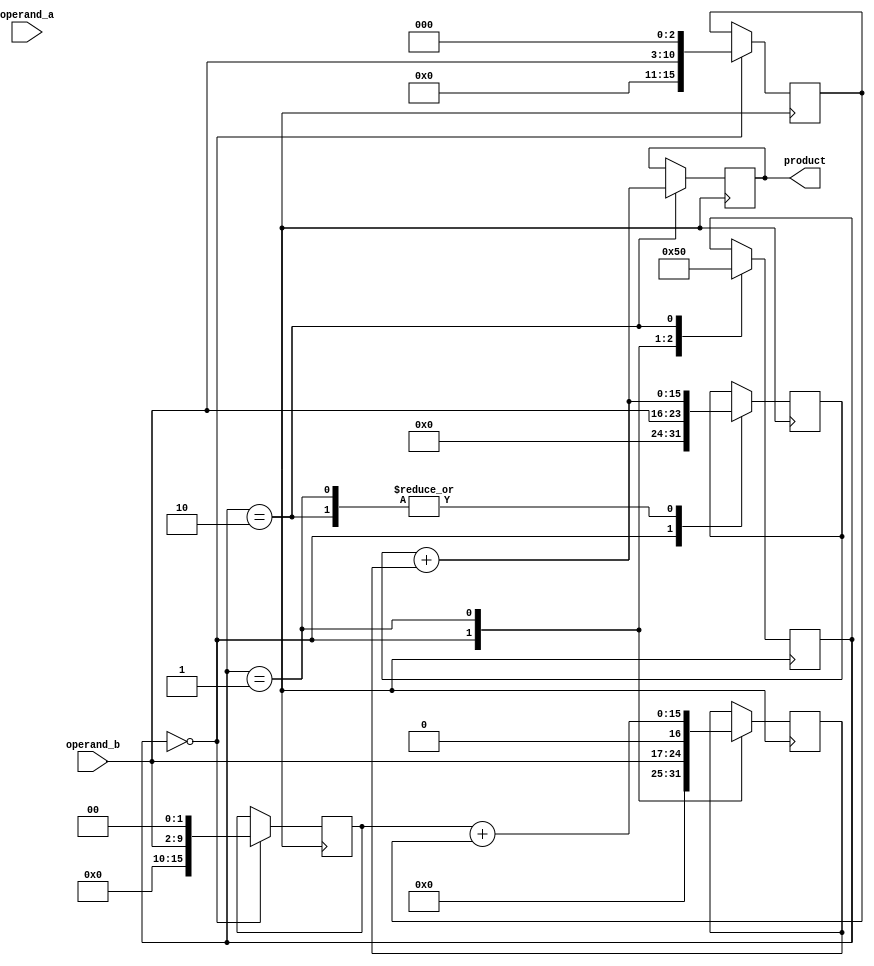
module radix4_multiplier (
    input wire [7:0] operand_a,
    input wire [7:0] operand_b,
    output reg [15:0] product
);

reg [15:0] partial_product[3:0];
reg [2:0] state;

always @ (posedge clk) begin
    case (state)
        3'b000: begin
            partial_product[0] = operand_b;
            partial_product[1] = operand_b << 1;
            partial_product[2] = operand_b << 2;
            partial_product[3] = operand_b << 3;
            state <= 3'b001;
        end
        3'b001: begin
            partial_product[0] = partial_product[0] + partial_product[1];
            partial_product[1] = partial_product[2] + partial_product[3];
            state <= 3'b010;
        end
        3'b010: begin
            partial_product[0] = partial_product[0] + partial_product[1];
            product <= partial_product[0];
            state <= 3'b000;
        end
    endcase
end

endmodule